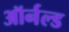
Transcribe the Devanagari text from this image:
ऑर्नल्ड